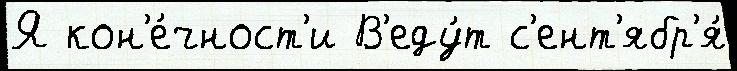
Я кон'е́чност'и В'еду́т с'ент'ябр'я́